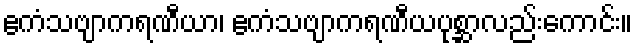
ဧကံသဗျာကရဏီယာ၊ ဧကံသဗျာကရဏီယပုစ္ဆာလည်းကောင်း။